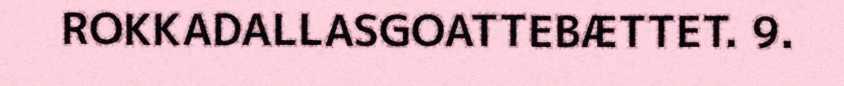
ROKKADALLASGOATTEBÆTTET. 9.